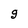
Character: g